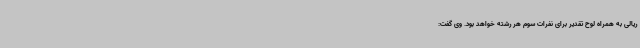
ریالی به همراه لوح تقدیر برای نفرات سوم هر رشته خواهد بود. وی گفت: